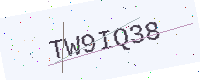
Text: TW9IQ38